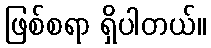
ဖြစ်စရာ ရှိပါတယ်။